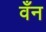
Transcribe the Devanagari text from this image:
वँन